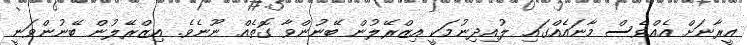
އީރާނަށް އެއްވެސް މާނައެއްގައި ލުއިދިނުމަކީ އިޒްރޭލުން ބޭނުންވާ ގޮތެއް ނޫނެވެ. އިޒްރޭލުން ބޭނުންވަނީ